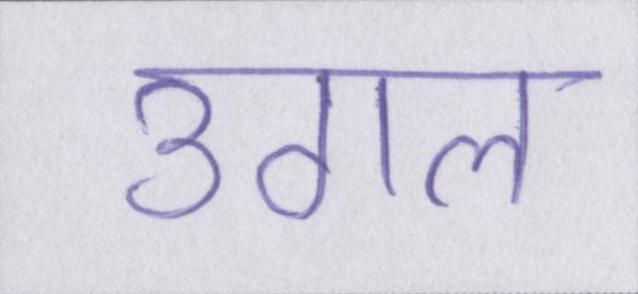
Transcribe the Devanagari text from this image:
उगल